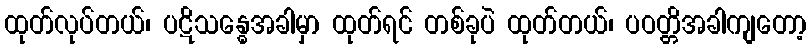
ထုတ်လုပ်တယ်၊ ပဋိသန္ဓေအခါမှာ ထုတ်ရင် တစ်ခုပဲ ထုတ်တယ်၊ ပဝတ္တိအခါကျတော့